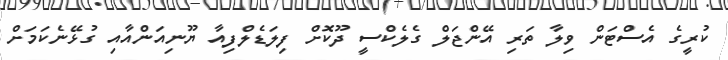
ކުރީގެ އެސްޓަން ވިލާ ތަރި އޭންޖަލް ގެލެކްސީ ދޫކޮށް ފިލަޑެލްފިއާ ޔޫނިއަންއާއި ގުޅޭނެކަމަށް